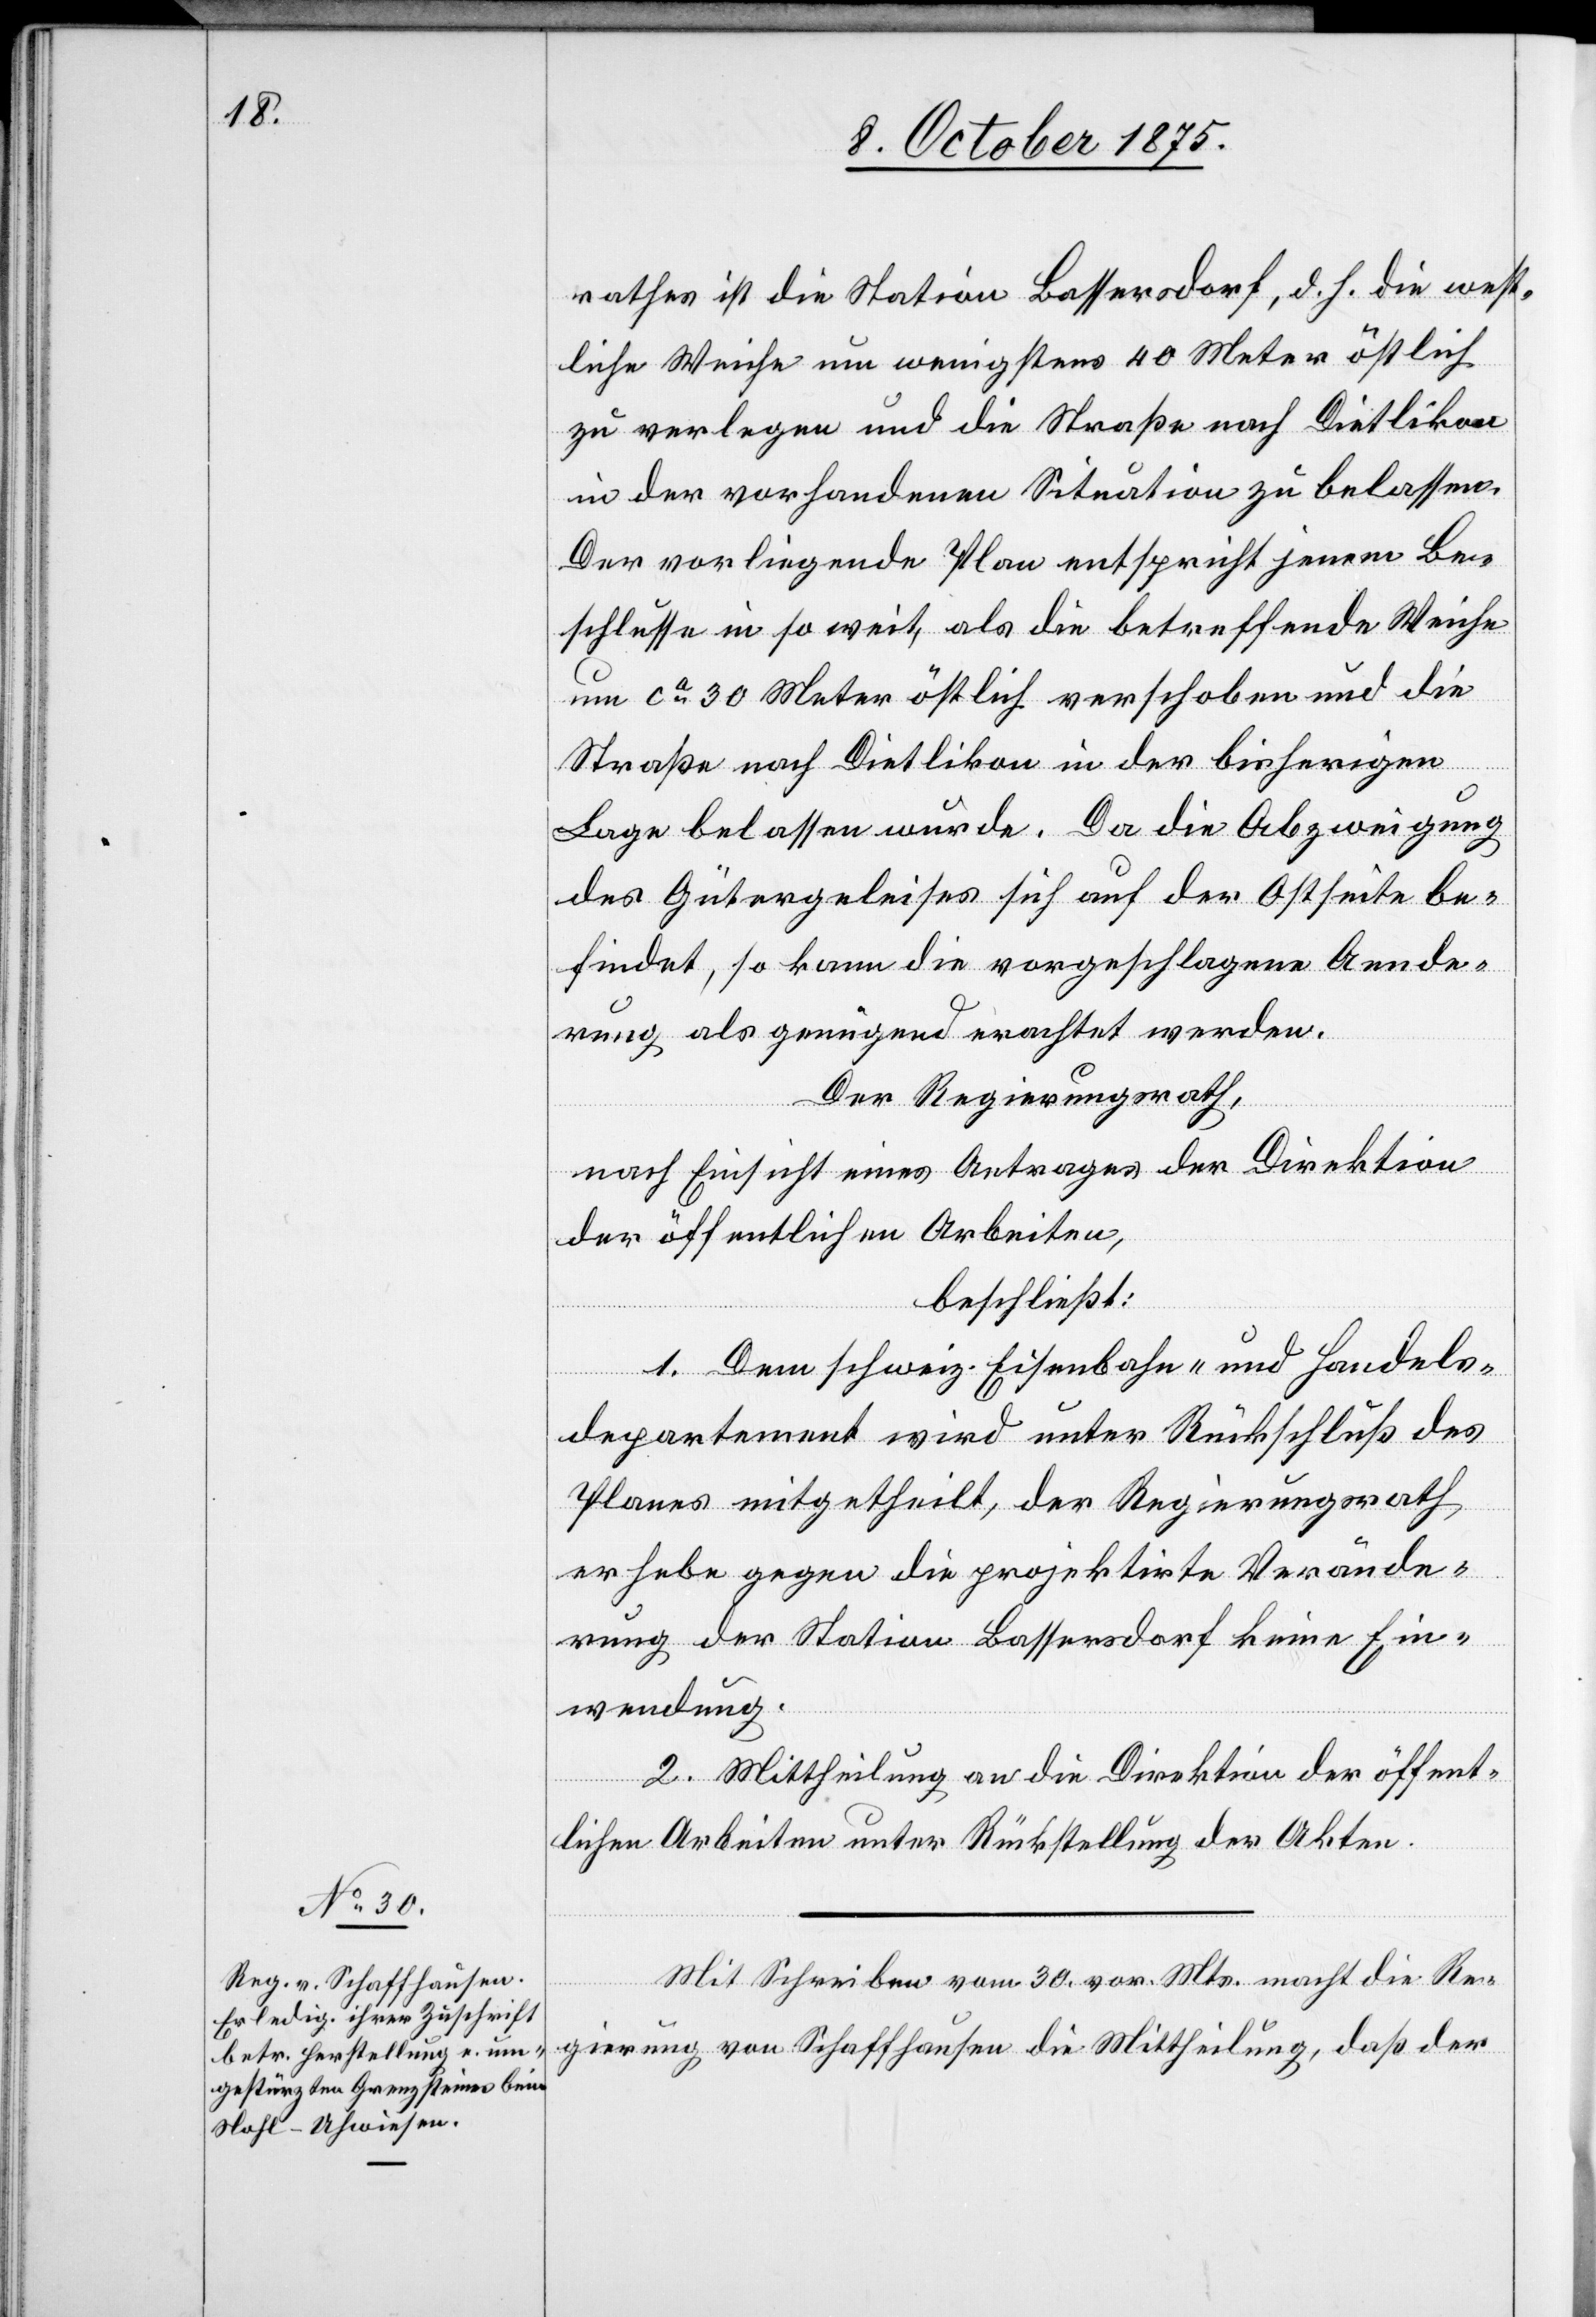
rathes ist die Station Bassersdorf, d. h. die west¬
liche Weiche um wenigstens 40 Meter östlich
zu verlegen und die Straße nach Dietlikon
in der vorhandenen Situation zu belassen.
Der vorliegende Plan entspricht jenem Be¬
schlusse in so weit, als die betreffende Weiche
um ca 30 Meter östlich verschoben und die
Straße nach Dietlikon in der bisherigen
Lage belassen wurde. Da die Abzweigung
des Gütergeleises sich auf der Ostseite be¬
findet, so kann die vorgeschlagene Aende¬
rung als genügend erachtet werden.
Der Regierungsrath,
nach Einsicht eines Antrages der Direktion
der öffentlichen Arbeiten,
beschließt:
1. Dem schweiz. Eisenbahn- und Handels¬
departement wird unter Rückschluß des
Planes mitgetheilt, der Regierungsrath
er habe gegen die projektirte Verände¬
rung der Station Bassersdorf keine Ein¬
wendung.
2. Mittheilung an die Direktion der öffent¬
lichen Arbeiten unter Rückstellung der Akten.
Mit Schreiben vom 30. vor. Mts. macht die Re¬
gierung von Schaffhausen die Mittheilung, daß der